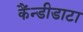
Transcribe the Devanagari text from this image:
कैंन्डीडाटा